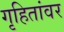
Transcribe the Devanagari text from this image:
गृहितांवर